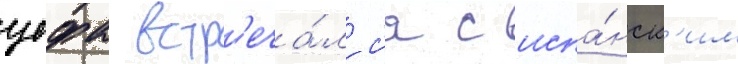
уефа встр'еча́лс'я с испа́нск'им